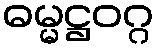
ဓမ္မဋ္ဌဝဂ္ဂ